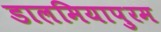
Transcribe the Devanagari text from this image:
डालमियापुरम